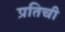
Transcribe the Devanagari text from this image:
प्रतिची